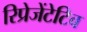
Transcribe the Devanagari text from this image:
रिप्रेजेंटेटिव